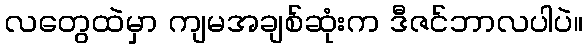
လတွေထဲမှာ ကျမအချစ်ဆုံးက ဒီဇင်ဘာလပါပဲ။